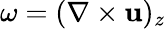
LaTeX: \omega=(\nabla\times\mathbf{u})_{z}